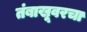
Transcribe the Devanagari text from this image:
तंबाखूवरचा